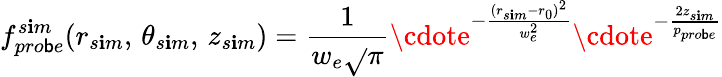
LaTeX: f_{pro\mathsf{b}e}^{s\mathbf{i}m}(r_{s\mathbf{i}m},\, \theta_{s\mathbf{i}m},\, z_{s\mathbf{i}m})=\frac{{1}}{{w_{e}\sqrt{}{{\pi}}}}\cdote^{-\frac{{(r_{s\mathbf{i}m}-r_{0})^{2}}}{{w_{e}^{2}}}}\cdote^{-\frac{{2z_{s\mathbf{i}m}}}{{p_{pro\mathsf{b}e}}}}